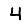
Digit: 4